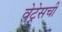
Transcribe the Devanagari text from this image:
वेट्रेसची